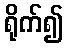
ရိုက်၍